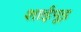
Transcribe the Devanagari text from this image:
शाईपूड